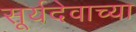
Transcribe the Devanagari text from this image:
सूर्यदेवाच्या